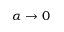
\alpha \to 0